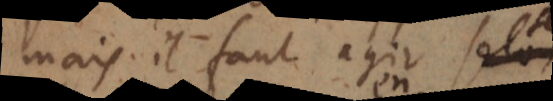
mais il faut agir selon